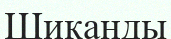
Шиқанды